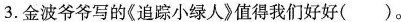
3.金波爷爷写的《追踪小绿人》值得我们好好()。